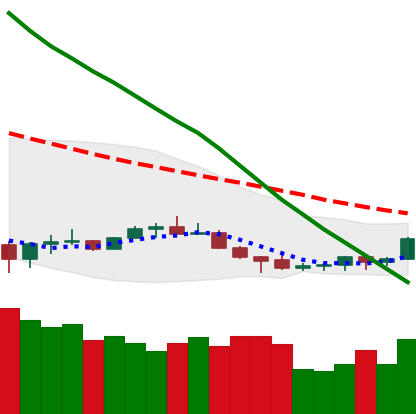
Ticker: NEO-USD
Chart end date: 2022-07-07
Forward return: -12.96%
Label: down_7plus